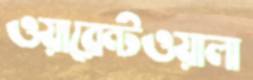
ওয়ারেন্টওয়ালা